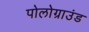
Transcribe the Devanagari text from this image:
पोलोग्राउंड